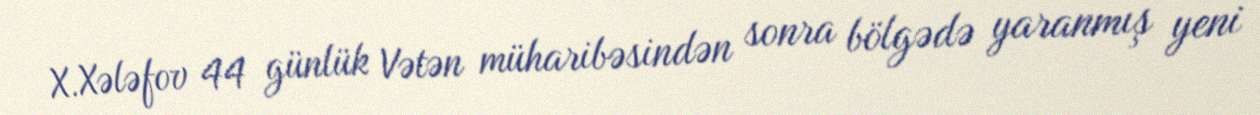
X.Xələfov 44 günlük Vətən müharibəsindən sonra bölgədə yaranmış yeni